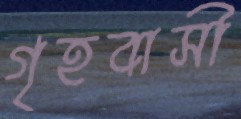
গৃহবাসী